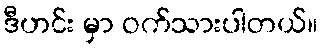
ဒီဟင်း မှာ ဝက်သားပါတယ်။